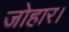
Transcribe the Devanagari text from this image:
जोहार।